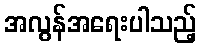
အလွန်အရေးပါသည့်